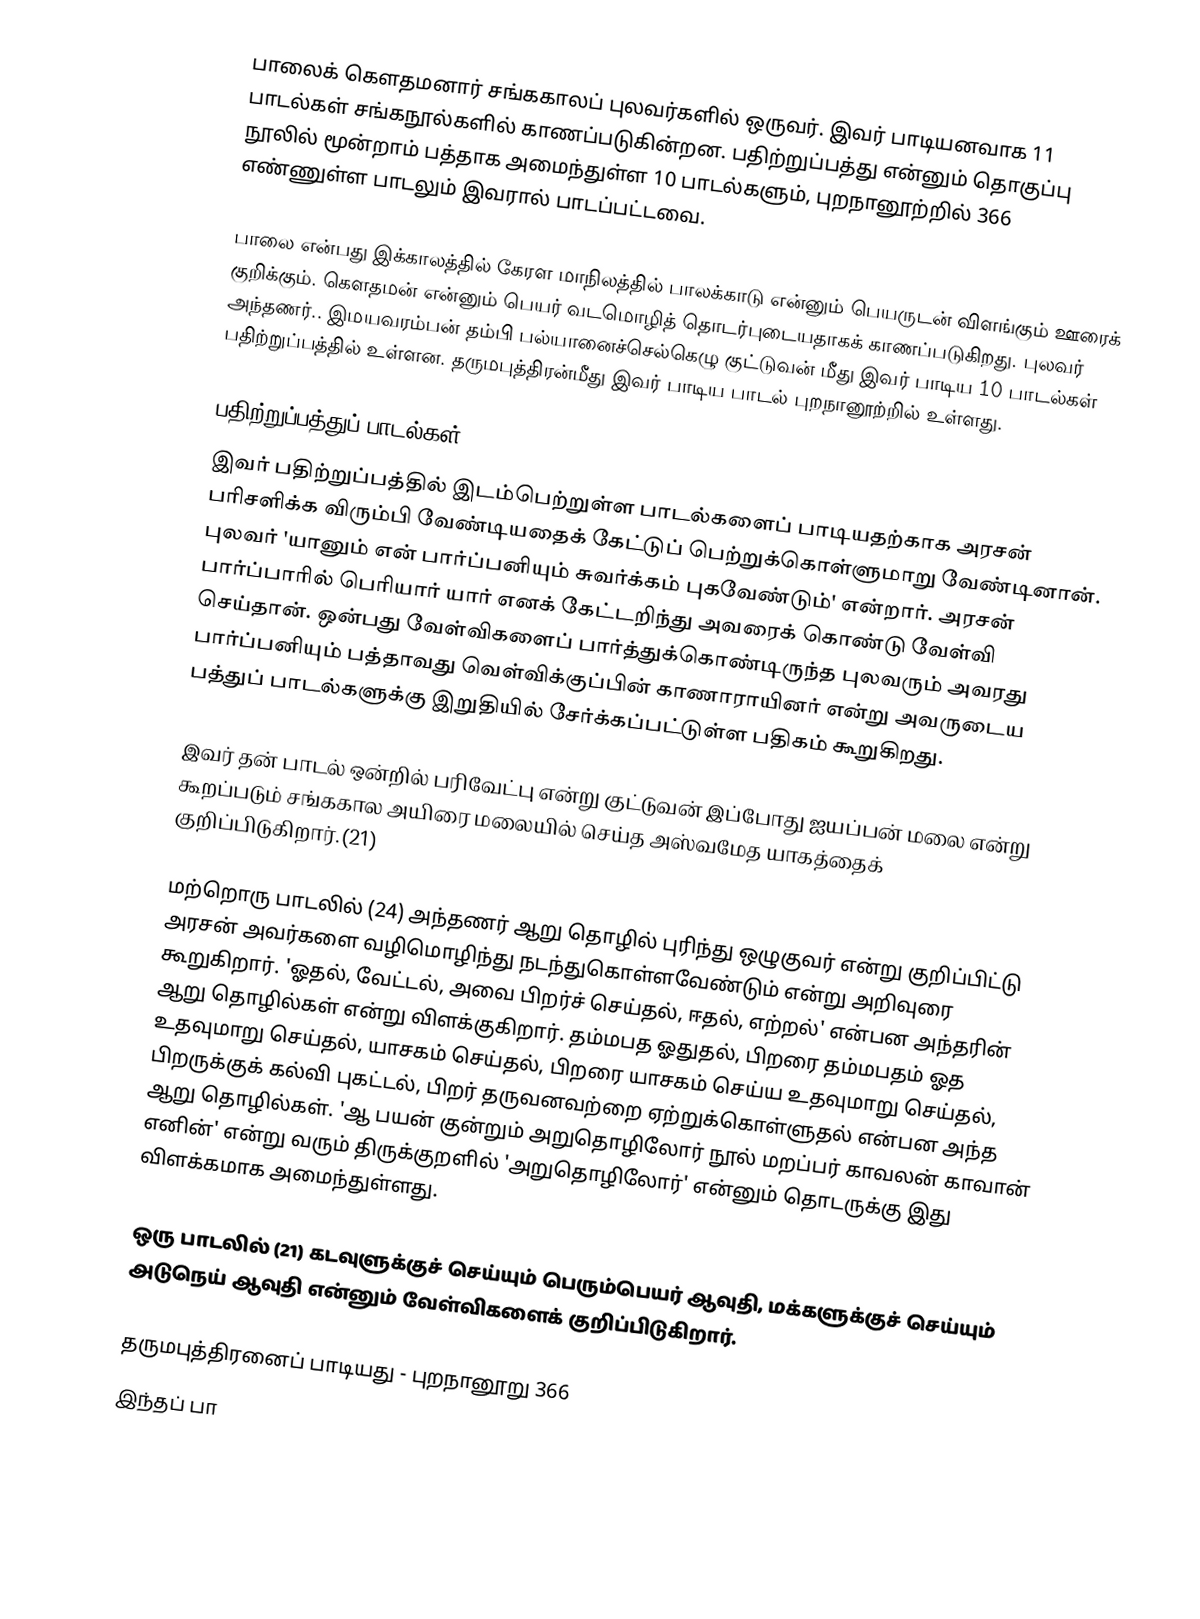
பாலைக் கௌதமனார் சங்ககாலப் புலவர்களில் ஒருவர். இவர் பாடியனவாக 11 பாடல்கள் சங்கநூல்களில் காணப்படுகின்றன. பதிற்றுப்பத்து என்னும் தொகுப்பு நூலில் மூன்றாம் பத்தாக அமைந்துள்ள 10 பாடல்களும், புறநானூற்றில் 366 எண்ணுள்ள பாடலும் இவரால் பாடப்பட்டவை.

பாலை என்பது இக்காலத்தில் கேரள மாநிலத்தில் பாலக்காடு என்னும் பெயருடன் விளங்கும் ஊரைக் குறிக்கும். கௌதமன் என்னும் பெயர் வடமொழித் தொடர்புடையதாகக் காணப்படுகிறது. புலவர் அந்தணர்.. இமயவரம்பன் தம்பி பல்யானைச்செல்கெழு குட்டுவன் மீது இவர் பாடிய 10 பாடல்கள் பதிற்றுப்பத்தில் உள்ளன. தருமபுத்திரன்மீது இவர் பாடிய பாடல் புறநானூற்றில் உள்ளது.

பதிற்றுப்பத்துப் பாடல்கள்
இவர் பதிற்றுப்பத்தில் இடம்பெற்றுள்ள பாடல்களைப் பாடியதற்காக அரசன் பரிசளிக்க விரும்பி வேண்டியதைக் கேட்டுப் பெற்றுக்கொள்ளுமாறு வேண்டினான். புலவர் 'யானும் என் பார்ப்பனியும் சுவர்க்கம் புகவேண்டும்' என்றார். அரசன் பார்ப்பாரில் பெரியார் யார் எனக் கேட்டறிந்து அவரைக் கொண்டு வேள்வி செய்தான். ஒன்பது வேள்விகளைப் பார்த்துக்கொண்டிருந்த புலவரும் அவரது பார்ப்பனியும் பத்தாவது வெள்விக்குப்பின் காணாராயினர் என்று அவருடைய பத்துப் பாடல்களுக்கு இறுதியில் சேர்க்கப்பட்டுள்ள பதிகம் கூறுகிறது.

இவர் தன் பாடல் ஒன்றில் பரிவேட்பு என்று குட்டுவன் இப்போது ஐயப்பன் மலை என்று கூறப்படும் சங்ககால அயிரை மலையில் செய்த அஸ்வமேத யாகத்தைக் குறிப்பிடுகிறார்.(21)

மற்றொரு பாடலில் (24) அந்தணர் ஆறு தொழில் புரிந்து ஒழுகுவர் என்று குறிப்பிட்டு அரசன் அவர்களை வழிமொழிந்து நடந்துகொள்ளவேண்டும் என்று அறிவுரை கூறுகிறார். 'ஓதல், வேட்டல், அவை பிறர்ச் செய்தல், ஈதல், எற்றல்' என்பன அந்தரின் ஆறு தொழில்கள் என்று விளக்குகிறார். தம்மபத ஓதுதல், பிறரை தம்மபதம் ஓத உதவுமாறு செய்தல், யாசகம் செய்தல், பிறரை யாசகம் செய்ய உதவுமாறு செய்தல், பிறருக்குக் கல்வி புகட்டல், பிறர் தருவனவற்றை ஏற்றுக்கொள்ளுதல் என்பன அந்த ஆறு தொழில்கள். 'ஆ பயன் குன்றும் அறுதொழிலோர் நூல் மறப்பர் காவலன் காவான் எனின்' என்று வரும் திருக்குறளில் 'அறுதொழிலோர்' என்னும் தொடருக்கு இது விளக்கமாக அமைந்துள்ளது.

ஒரு பாடலில் (21) கடவுளுக்குச் செய்யும் பெரும்பெயர் ஆவுதி, மக்களுக்குச் செய்யும் அடுநெய் ஆவுதி என்னும் வேள்விகளைக் குறிப்பிடுகிறார்.

தருமபுத்திரனைப் பாடியது - புறநானூறு 366
இந்தப் பா